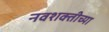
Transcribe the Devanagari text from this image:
नवशक्तीच्या